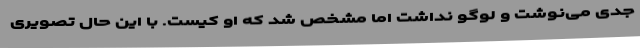
جدی می‌نوشت و لوگو نداشت اما مشخص شد که او کیست. با این حال تصویری